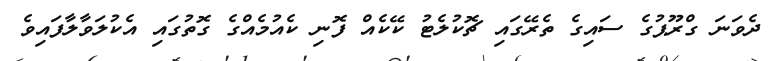
ދެވަނަ ގްރޫޕުގެ ސައިގެ ތެރޭގައި ޗޮކުލެޓު ކޭކެއް ފޮނި ކެއުމެއްގެ ގޮތުގައި އެކުލަވާލާފައިވެ